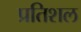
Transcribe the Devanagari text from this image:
प्रतिशल